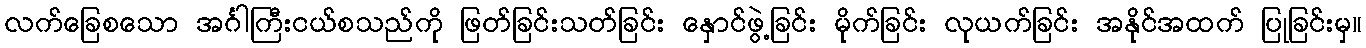
လက်ခြေစသော အင်္ဂါကြီးငယ်စသည်ကို ဖြတ်ခြင်းသတ်ခြင်း နှောင်ဖွဲ့ခြင်း မိုက်ခြင်း လုယက်ခြင်း အနိုင်အထက် ပြုခြင်းမှ။